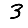
Digit: 3